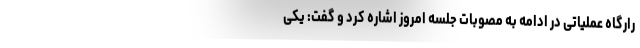
رارگاه عملیاتی در ادامه به مصوبات جلسه امروز اشاره کرد و گفت: یکی